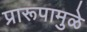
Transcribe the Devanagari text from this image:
प्रारूपामुळे